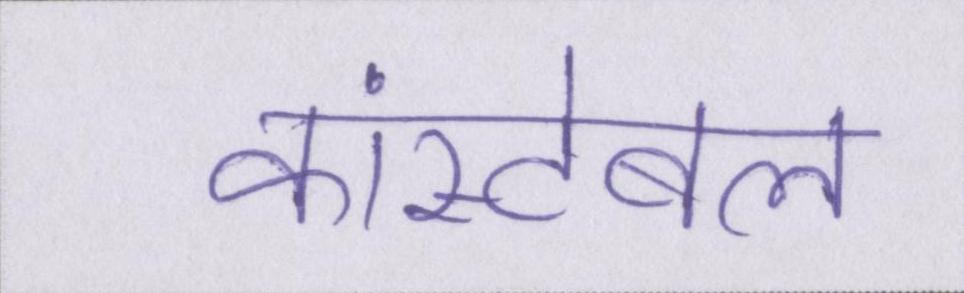
कांस्टेबल